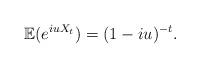
LaTeX: \begin{align*}\mathbb{E}(e^{iu X_t}) = (1-iu)^{-t}.\end{align*}